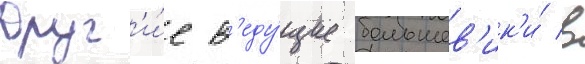
Друг'и́е в'еду́щие большев'ик'и́ в